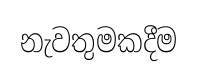
නැවතුමකදීම